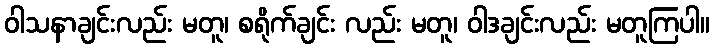
ဝါသနာချင်းလည်း မတူ၊ စရိုက်ချင်း လည်း မတူ၊ ဝါဒချင်းလည်း မတူကြပါ။